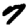
Digit: 7